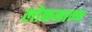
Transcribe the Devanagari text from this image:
लोकमान्‍य